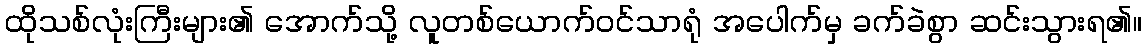
ထိုသစ်လုံးကြီးများ၏ အောက်သို့ လူတစ်ယောက်ဝင်သာရုံ အပေါက်မှ ခက်ခဲစွာ ဆင်းသွားရ၏။